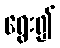
ရွေး၍